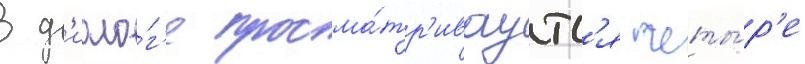
В д'иало́г'е просма́тр'иваутс'я четы́р'е